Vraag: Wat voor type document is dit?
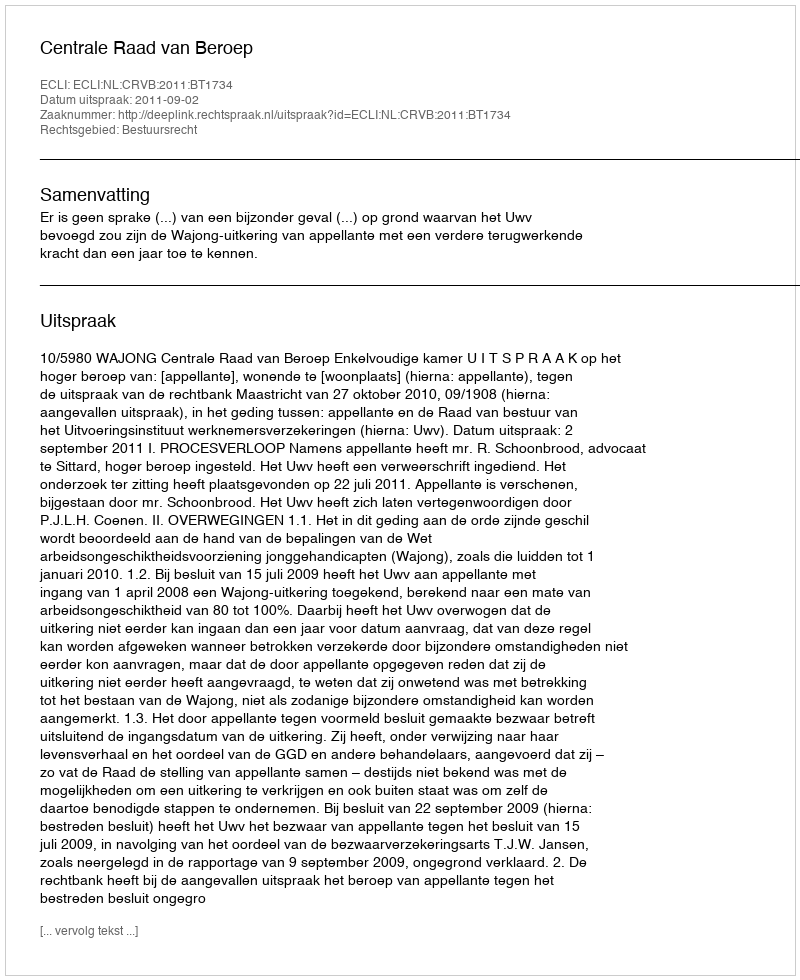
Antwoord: Uitspraak